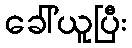
ခေါ်ယူပြီး